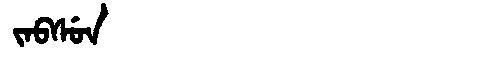
Manchu: ᠵᠠᠪᠰᡠᠨ
Romanization: JABSUN